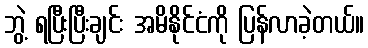
ဘွဲ့ ရပြီးပြီးချင်း အမိနိုင်ငံကို ပြန်လာခဲ့တယ်။